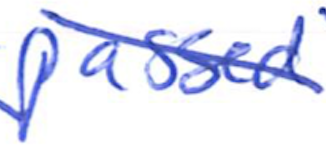
Text: passed
Cross-out: diagonal
Writing tool: ballpoint